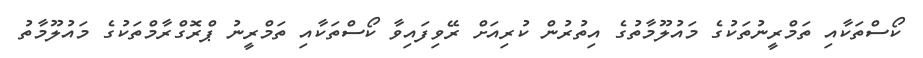
ކޯސްތަކާއި ތަމްރީނުތަކުގެ މައުލޫމާތުގެ އިތުރުން ކުރިއަށް ރޭވިފައިވާ ކޯސްތަކާއި ތަމްރީނު ޕްރޮގްރާމްތަކުގެ މައުލޫމާތު